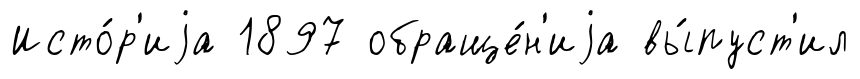
Исто́р'иjа 1897 обраще́н'иjа вы́пуст'ил